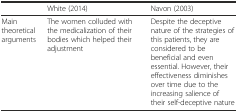
<table><thead><tr><td></td><td><b>White (2014)</b></td><td><b>Navon (2003)</b></td></tr></thead><tbody><tr><td>Main theoretical arguments</td><td>The women colluded with the medicalization of their bodies which helped their adjustment</td><td>Despite the deceptive nature of the strategies of this patients, they are considered to be beneficial and even essential. However, their effectiveness diminishes over time due to the increasing salience of their self-deceptive nature</td></tr></tbody></table>